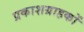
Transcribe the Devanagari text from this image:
प्रकाशग्राहकों